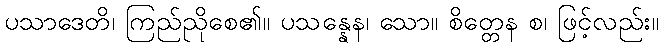
ပသာဒေတိ၊ ကြည်ညိုစေ၏။ ပသန္နေန၊ သော။ စိတ္တေန စ၊ ဖြင့်လည်း။